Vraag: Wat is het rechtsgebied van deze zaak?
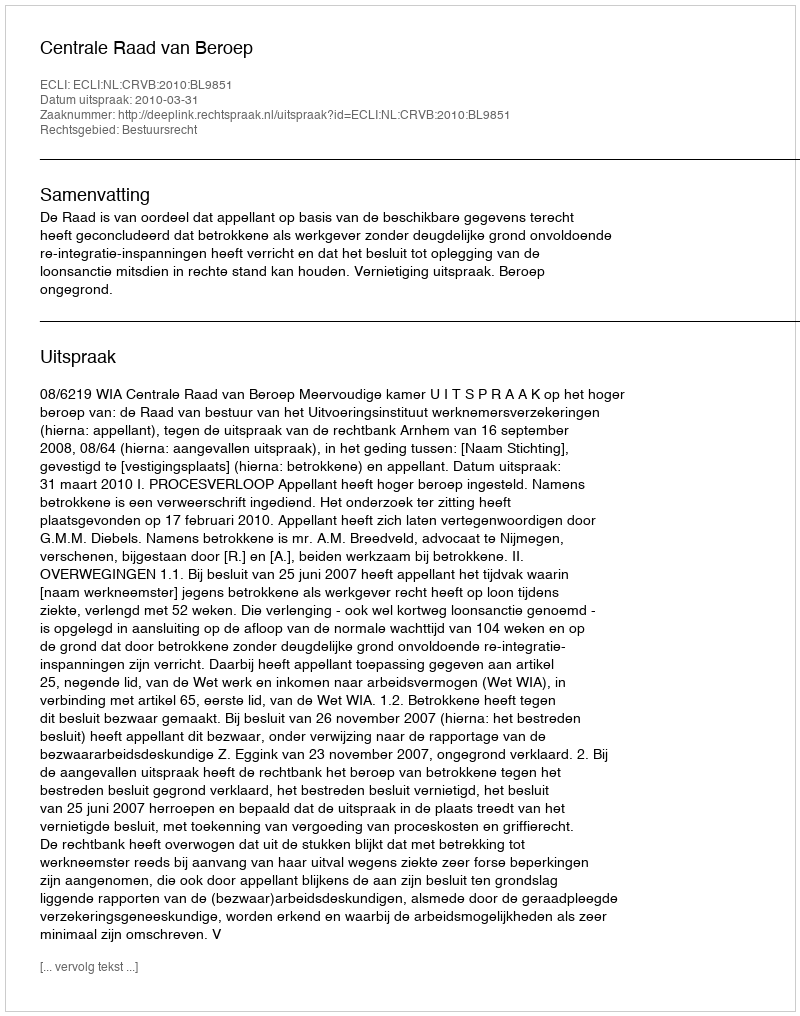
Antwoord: Bestuursrecht